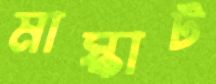
মাস্কাট